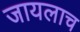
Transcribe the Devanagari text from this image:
जायलाच